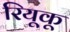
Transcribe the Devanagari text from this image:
रियूकू